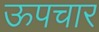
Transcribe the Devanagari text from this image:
ऊपचार